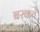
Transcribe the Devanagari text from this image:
बरकते